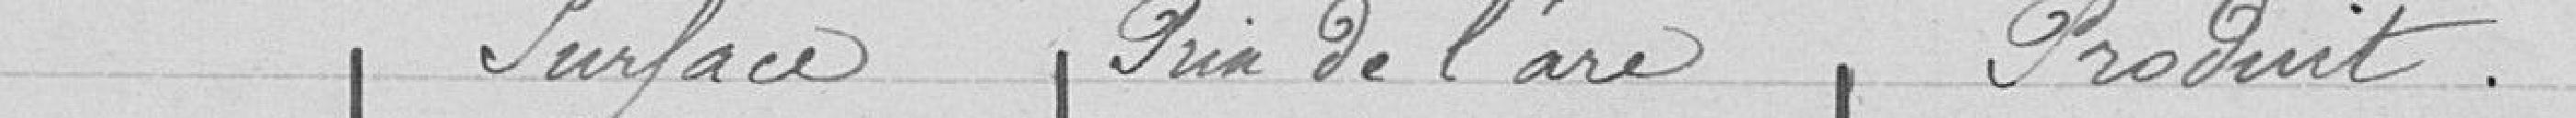
Surface   Prix de l'are    Produit